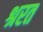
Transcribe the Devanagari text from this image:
श्ररत